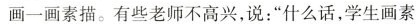
画一画素描。有些老师不高兴，说：”什么话，学生画素